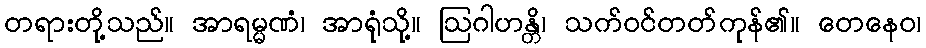
တရားတို့သည်။ အာရမ္မဏံ၊ အာရုံသို့။ ဩဂါဟန္တိ၊ သက်ဝင်တတ်ကုန်၏။ တေနေဝ၊